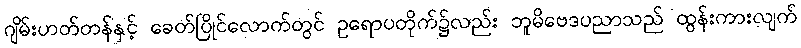
ဂျိမ်းဟတ်တန်နှင့် ခေတ်ပြိုင်လောက်တွင် ဥရောပတိုက်၌လည်း ဘူမိဗေဒပညာသည် ထွန်းကားလျက်